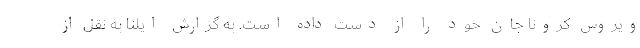
ویروس کرونا جان خود را از دست داده است. به گزارش ایلنا به نقل از